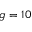
g = 1 0